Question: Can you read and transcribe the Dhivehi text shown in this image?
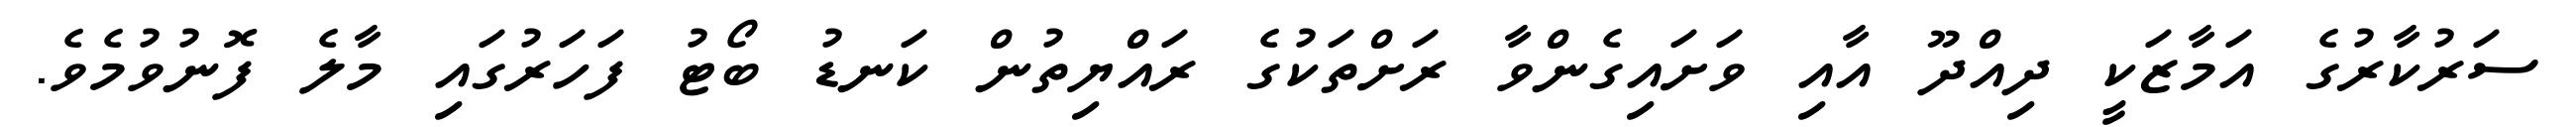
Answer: ސަރުކާރުގެ އަމާޒަކީ ދިއްދޫ އާއި ވަށައިގެންވާ ރަށްތަކުގެ ރައްޔިތުން ކަނޑު ބޯޓު ފަހަރުގައި މާލެ ފޮނުވުމެވެ.